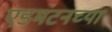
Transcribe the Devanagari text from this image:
एडमंटनच्या